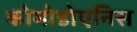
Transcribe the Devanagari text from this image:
कोमोडोएनिस